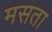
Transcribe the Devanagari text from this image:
मसता